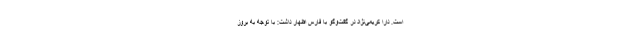
است. دارا کریمی‌نژاد در گفت‌وگو با فارس اظهار داشت: با توجه به بروز